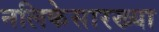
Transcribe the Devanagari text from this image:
नलिकेसारख्या